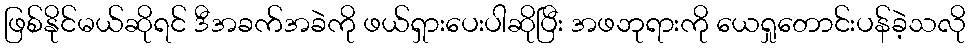
ဖြစ်နိုင်မယ်ဆိုရင် ဒီအခက်အခဲကို ဖယ်ရှားပေးပါဆိုပြီး အဖဘုရားကို ယေရှုတောင်းပန်ခဲ့သလို